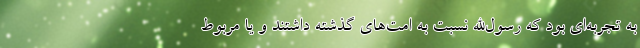
به تجربه‌ای بود که رسول‌الله نسبت به امت‌های گذشته داشتند و یا مربوط